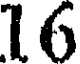
16